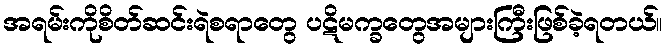
အရမ်းကိုစိတ်ဆင်းရဲစရာတွေ ပဋိမက္ခတွေအများကြီးဖြစ်ခဲ့ရတယ်။